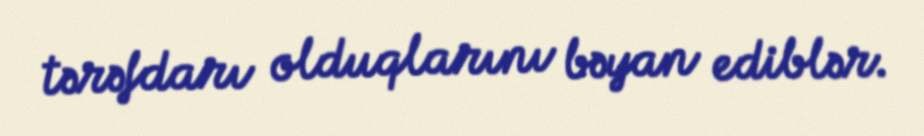
tərəfdarı olduqlarını bəyan ediblər.